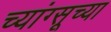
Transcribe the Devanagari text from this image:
च्यांग्सूच्या